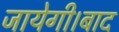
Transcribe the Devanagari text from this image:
जायेगी।बाद